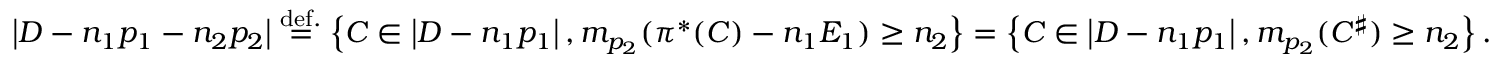
\begin{array} { r } { \left| D - n _ { 1 } p _ { 1 } - n _ { 2 } p _ { 2 } \right| \overset { \mathrm { d e f . } } { = } \left\{ C \in \left| D - n _ { 1 } p _ { 1 } \right| , m _ { p _ { 2 } } ( \pi ^ { * } ( C ) - n _ { 1 } E _ { 1 } ) \geq n _ { 2 } \right\} = \left\{ C \in \left| D - n _ { 1 } p _ { 1 } \right| , m _ { p _ { 2 } } ( C ^ { \sharp } ) \geq n _ { 2 } \right\} . } \end{array}